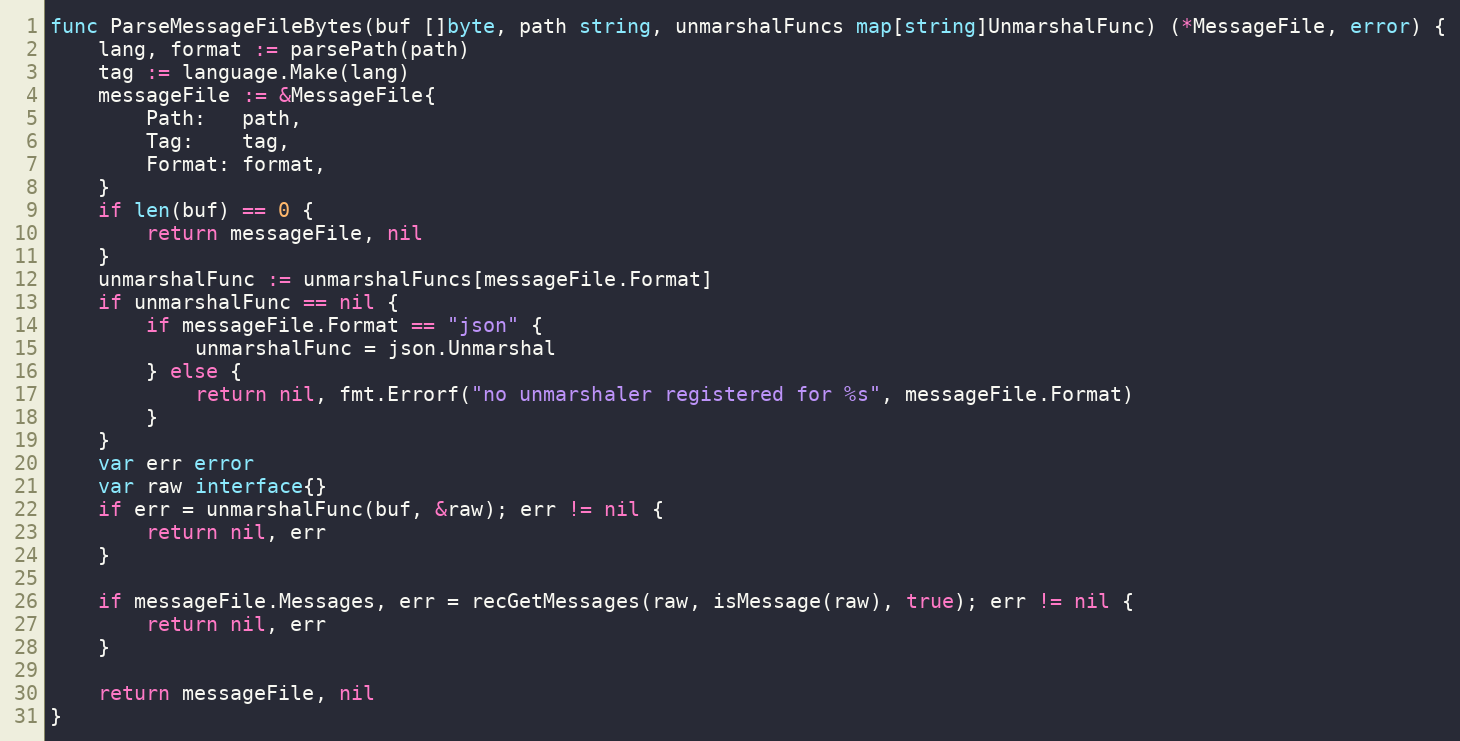
Language: Go
func ParseMessageFileBytes(buf []byte, path string, unmarshalFuncs map[string]UnmarshalFunc) (*MessageFile, error) {
	lang, format := parsePath(path)
	tag := language.Make(lang)
	messageFile := &MessageFile{
		Path:   path,
		Tag:    tag,
		Format: format,
	}
	if len(buf) == 0 {
		return messageFile, nil
	}
	unmarshalFunc := unmarshalFuncs[messageFile.Format]
	if unmarshalFunc == nil {
		if messageFile.Format == "json" {
			unmarshalFunc = json.Unmarshal
		} else {
			return nil, fmt.Errorf("no unmarshaler registered for %s", messageFile.Format)
		}
	}
	var err error
	var raw interface{}
	if err = unmarshalFunc(buf, &raw); err != nil {
		return nil, err
	}

	if messageFile.Messages, err = recGetMessages(raw, isMessage(raw), true); err != nil {
		return nil, err
	}

	return messageFile, nil
}